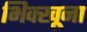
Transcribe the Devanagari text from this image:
भिक्खूना